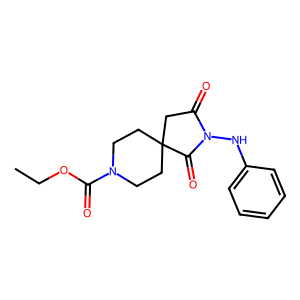
SMILES: CCOC(=O)N1CCC2(CC1)CC(=O)N(Nc1ccccc1)C2=O
Inhibits HIV replication: No